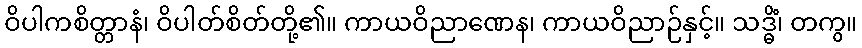
ဝိပါကစိတ္တာနံ၊ ဝိပါတ်စိတ်တို့၏။ ကာယဝိညာဏေန၊ ကာယဝိညာဉ်နှင့်။ သဒ္ဓိံ၊ တကွ။